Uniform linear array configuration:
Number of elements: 48
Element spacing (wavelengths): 1
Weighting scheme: hamming
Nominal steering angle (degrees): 30
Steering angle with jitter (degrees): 31.926
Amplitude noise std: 0.05
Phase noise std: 0.05

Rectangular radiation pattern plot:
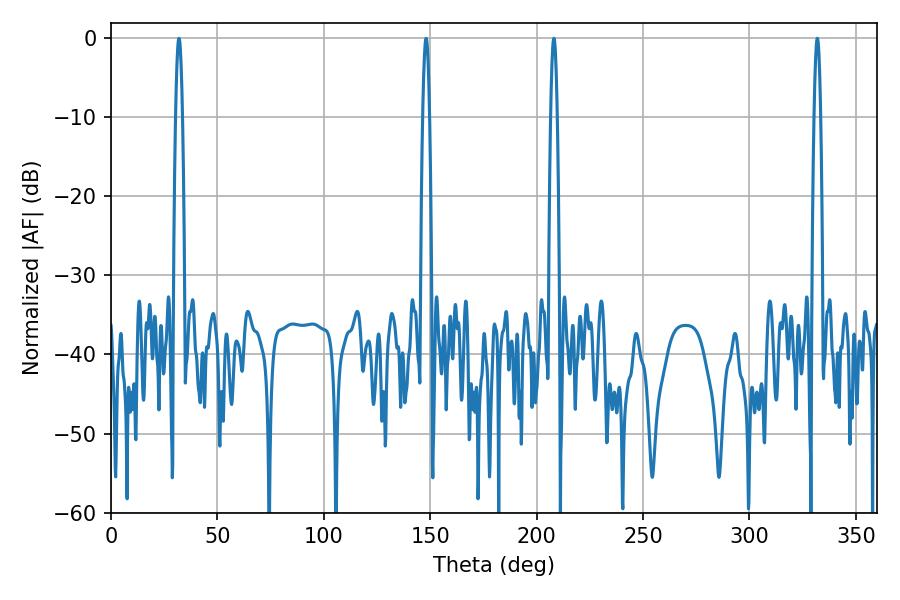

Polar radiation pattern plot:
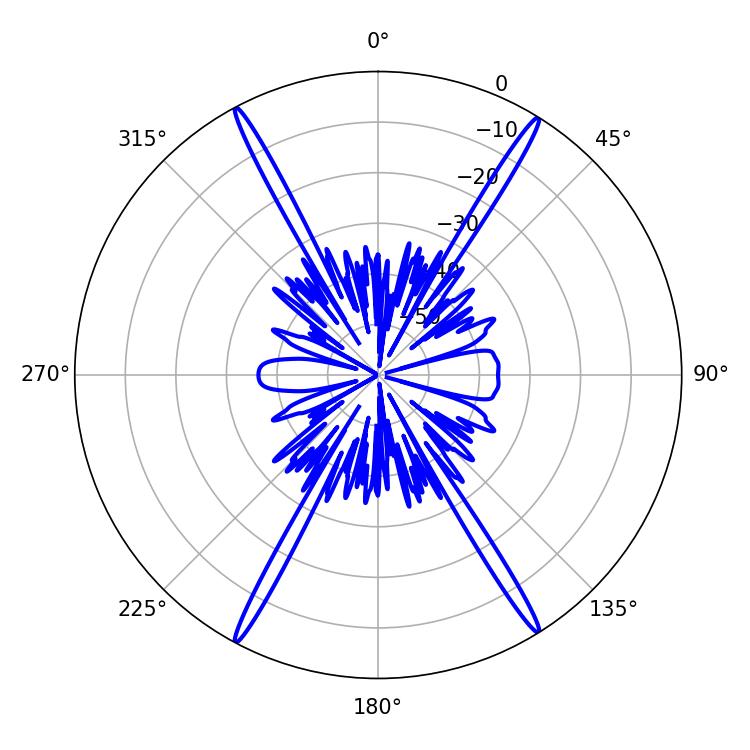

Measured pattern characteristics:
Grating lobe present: TRUE
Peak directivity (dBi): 25.814
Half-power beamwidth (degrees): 1.62
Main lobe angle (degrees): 208.08